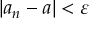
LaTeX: \left\vert a _ { n } - a \right\vert < \varepsilon